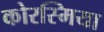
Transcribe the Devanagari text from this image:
कोरस्मिया